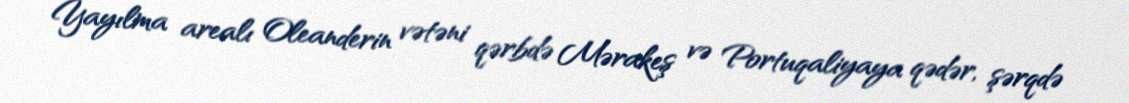
Yayılma arealı Oleanderin vətəni qərbdə Mərakeş və Portuqaliyaya qədər, şərqdə